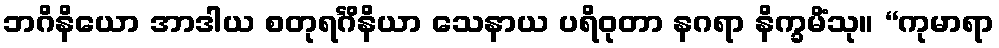
ဘဂိနိယော အာဒါယ စတုရင်္ဂိနိယာ သေနာယ ပရိဝုတာ နဂရာ နိက္ခမိံသု။ “ကုမာရာ